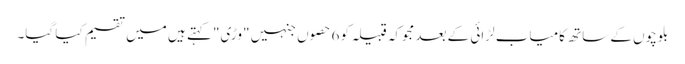
بلوچوں کے ساتھ کامیاب لڑائی کے بعد مجوکہ قبیلہ کو 6 حصوں جنہیں "وڑی" کہتے ہیں میں تقسیم کیا گیا۔